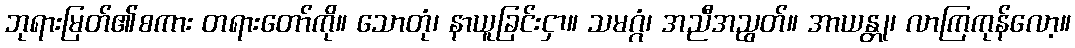
ဘုရားမြတ်၏စကား တရားတော်ကို။ သောတုံ၊ နာယူခြင်းငှာ။ သမဂ္ဂံ၊ အညီအညွတ်။ အာယန္တု၊ လာကြကုန်လော့။